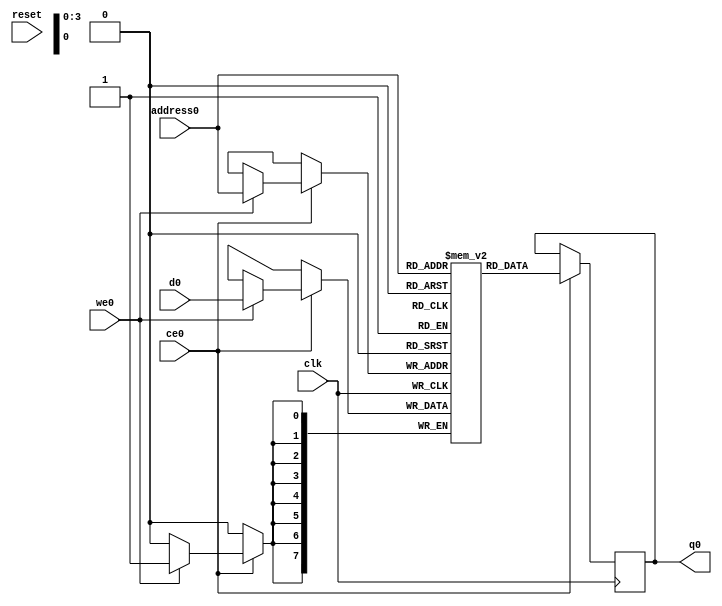
// ==============================================================
// Vitis HLS - High-Level Synthesis from C, C++ and OpenCL v2022.1 (64-bit)
// Tool Version Limit: 2022.04
// Copyright 1986-2022 Xilinx, Inc. All Rights Reserved.
// ==============================================================
`timescale 1 ns / 1 ps
module StreamingMaxPool_Batch_0_StreamingMaxPool_Precision_28u_2u_6u_ap_uint_8_0_48_s_buf_V_RAM_AUTO_1R1W (address0, ce0, d0, we0, q0,  reset,clk);

parameter DataWidth = 8;
parameter AddressWidth = 4;
parameter AddressRange = 14;

input[AddressWidth-1:0] address0;
input ce0;
input[DataWidth-1:0] d0;
input we0;
output reg[DataWidth-1:0] q0;
input reset;
input clk;

(* ram_style = "auto" *)reg [DataWidth-1:0] ram[0:AddressRange-1];




always @(posedge clk)  
begin 
    if (ce0) begin
        if (we0) 
            ram[address0] <= d0; 
        q0 <= ram[address0];
    end
end


endmodule